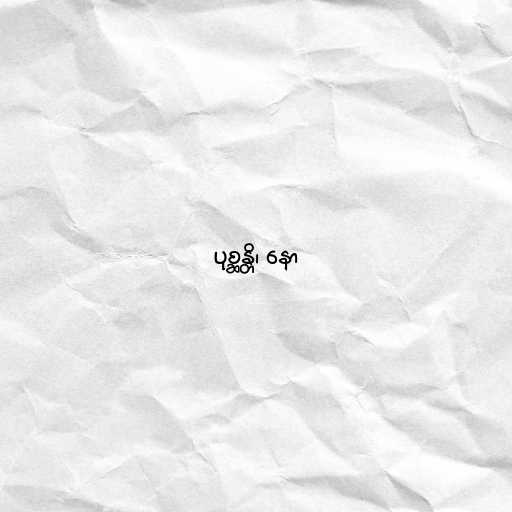
ပုစ္ဆန္တိ၊ နော